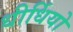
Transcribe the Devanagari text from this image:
धीर्धियो